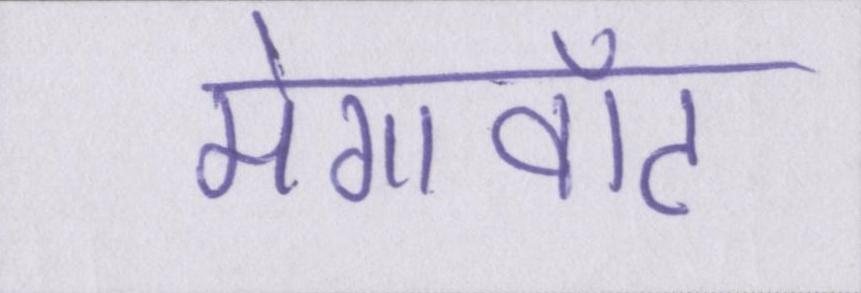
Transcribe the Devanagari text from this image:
मेगावॉट